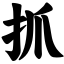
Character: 抓